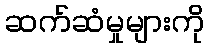
ဆက်ဆံမှုများကို